Vaccination in Burma 1900-1911 - 1900-1911
Year: 1900
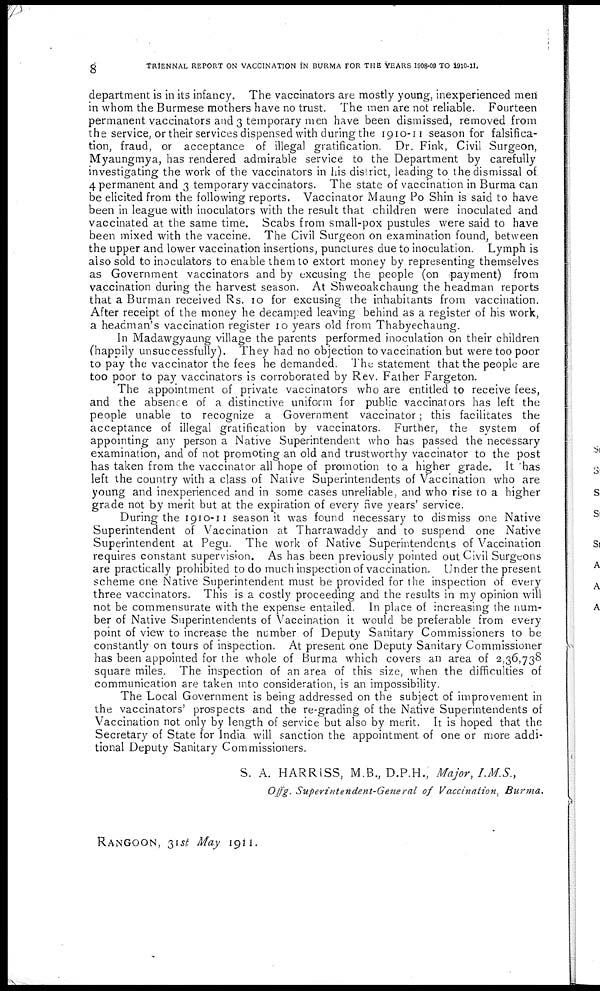
8
TRIENNAL REPORT ON VACCINATION IN BURMA FOR THE YEARS 1908-09 TO 1910-11.
department is in its infancy. The vaccinators are mostly young, inexperienced men
in whom the Burmese mothers have no trust. The men are not reliable. Fourteen
permanent vaccinators and 3 temporary men have been dismissed, removed from
the service, or their services dispensed with during the 1910-11 season for falsifica-
tion, fraud, or acceptance of illegal gratification. Dr. Fink, Civil Surgeon,
Myaungmya, has rendered admirable service to the Department by carefully
investigating the work of the vaccinators in his district, leading to the dismissal of
4 permanent and 3 temporary vaccinators. The state of vaccination in Burma can
be elicited from the following reports. Vaccinator Maung Po Shin is said to have
been in league with inoculators with the result that children were inoculated and
vaccinated at the same time. Scabs from small-pox pustules were said to have
been mixed with the vaccine. The Civil Surgeon on examination found, between
the upper and lower vaccination insertions, punctures due to inoculation. Lymph is
also sold to inoculators to enable them to extort money by representing themselves
as Government vaccinators and by excusing the people (on payment) from
vaccination during the harvest season. At Shweoakchaung the headman reports
that a Burman received Rs. 10 for excusing the inhabitants from vaccination.
After receipt of the money he decamped leaving behind as a register of his work,
a headman's vaccination register 10 years old from Thabyechaung.
In Madawgyaung village the parents performed inoculation on their children
(happily unsuccessfully). They had no objection to vaccination but were too poor
to pay the vaccinator the fees he demanded. The statement that the people are
too poor to pay vaccinators is corroborated by Rev. Father Fargeton.
The appointment of private vaccinators who are entitled to receive fees,
and the absence of a distinctive uniform for public vaccinators has left the
people unable to recognize a Government vaccinator; this facilitates the
acceptance of illegal gratification by vaccinators. Further, the system of
appointing any person a Native Superintendent who has passed the necessary
examination, and of not promoting an old and trustworthy vaccinator to the post
has taken from the vaccinator all hope of promotion to a higher grade. It 'has
left the country with a class of Native Superintendents of Vaccination who are
young and inexperienced and in some cases unreliable, and who rise to a higher
grade not by merit but at the expiration of every five years' service.
During the 1910-11 season it was found necessary to dismiss one Native
Superintendent of Vaccination at Tharrawaddy and to suspend one Native
Superintendent at Pegu. The work of Native Superintendents of Vaccination
requires constant supervision. As has been previously pointed out Civil Surgeons
are practically prohibited to do much inspection of vaccination. Under the present
scheme one Native Superintendent must be provided for the inspection of every
three vaccinators. This is a costly proceeding and the results in my opinion will
not be commensurate with the expense entailed. In place of increasing the num-
ber of Native Superintendents of Vaccination it would be preferable from every
point of view to increase the number of Deputy Sanitary Commissioners to be
constantly on tours of inspection. At present one Deputy Sanitary Commissioner
has been appointed for the whole of Burma which covers an area of 2,36,738
square miles. The inspection of an area of this size, when the difficulties of
communication are taken into consideration, is an impossibility.
The Local Government is being addressed on the subject of improvement in
the vaccinators' prospects and the re-grading of the Native Superintendents of
Vaccination not only by length of service but also by merit. It is hoped that the
Secretary of State for India will sanction the appointment of one or more addi-
tional Deputy Sanitary Commissioners.
S. A. HARRISS, M.B., D.P.H., Major, I.M.S.,
Offg. Superintendent-General of Vaccination, Burma.
RANGOON, 31st May
1911.